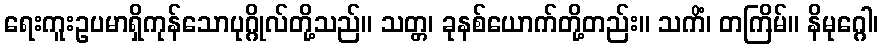
ရေးကူးဥပမာရှိကုန်သောပုဂ္ဂိုလ်တို့သည်။ သတ္တ၊ ခုနစ်ယောက်တို့တည်း။ သကိံ၊ တကြိမ်။ နိမုဂ္ဂေါ၊